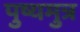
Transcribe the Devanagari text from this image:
पुष्यमुत्र